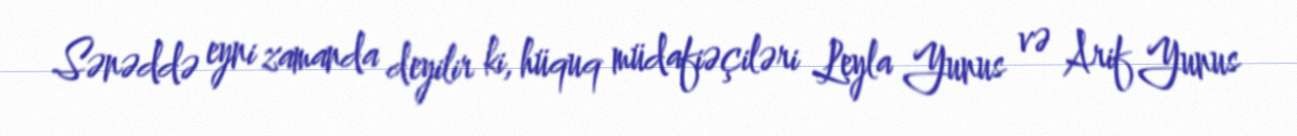
Sənəddə eyni zamanda deyilir ki, hüquq müdafiəçiləri Leyla Yunus və Arif Yunus